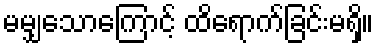
မမျှသောကြောင့် ထိရောက်ခြင်းမရှိ။